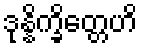
ဒုန္နိက္ခိတ္တေဟိ